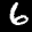
Label: 6